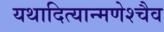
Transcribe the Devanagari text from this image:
यथादित्यान्मणेश्चैव